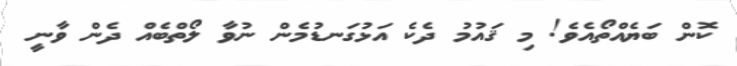
ކޮން ބަޔެއްތޯއެވެ! މި ޤައުމު ދެކެ އަޅުގަނޑުމެން ނުވާ ލޯތްބެއް ދެން ވާނީ